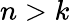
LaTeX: n>k